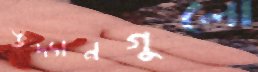
উদ্যানগুলো